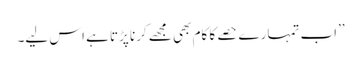
’’اب تمہارے حصے کا کام بھی مجھے کرنا پڑتا ہے اس لیے۔